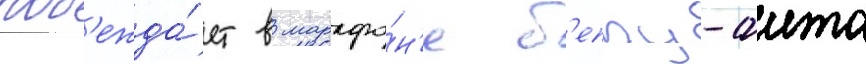
поб'ежда́ет в марафо́н'е б'еппу-оита